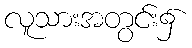
လူသားအတွင်း၌